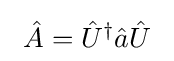
~{\hat {A}}={\hat {U}}^{\dagger }{\hat {a}}{\hat {U}}~